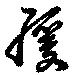
緩